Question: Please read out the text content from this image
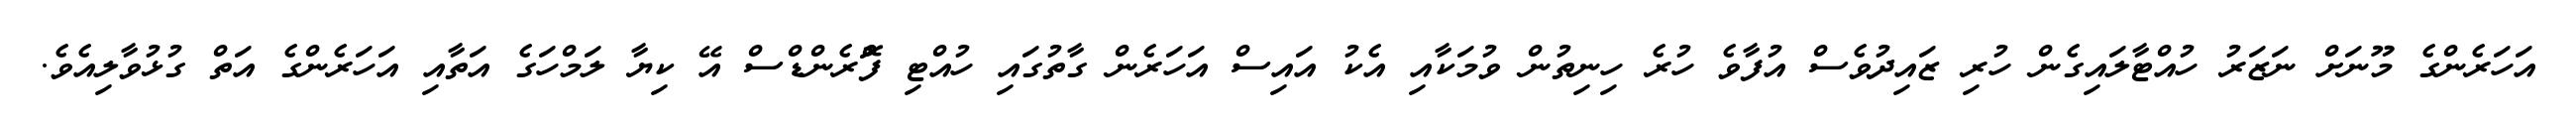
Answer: އަހަރެންގެ މޫނަށް ނަޒަރު ހުއްޓާލައިގެން ހުރި ޒައިދުވެސް އުފާވެ ހުރެ ހިނިތުން ވުމަކާއި އެކު އައިސް އަހަރެން ގާތުގައި ހުއްޓި ފްޮރެންޑްސް އޭ ކިޔާ ލަމްހަގެ އަތާއި އަހަރެންގެ އަތް ގުޅުވާލިއެވެ.